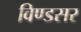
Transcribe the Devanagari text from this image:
विण्डसर